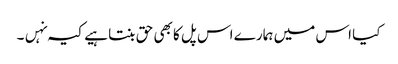
کیا اس میں ہمارے اس پل کا بھی حق بنتا ہیے کیہ نہں۔